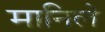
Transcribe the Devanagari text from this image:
मानिले